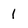
Character: 1